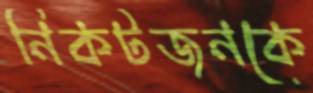
নিকটজনকে